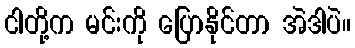
ငါတို့က မင်းကို ပြောနိုင်တာ အဲဒါပဲ။